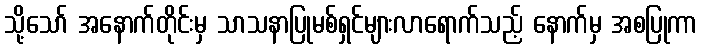
သို့သော် အနောက်တိုင်းမှ သာသနာပြုမစ်ရှင်များလာရောက်သည့် နောက်မှ အစပြုကာ